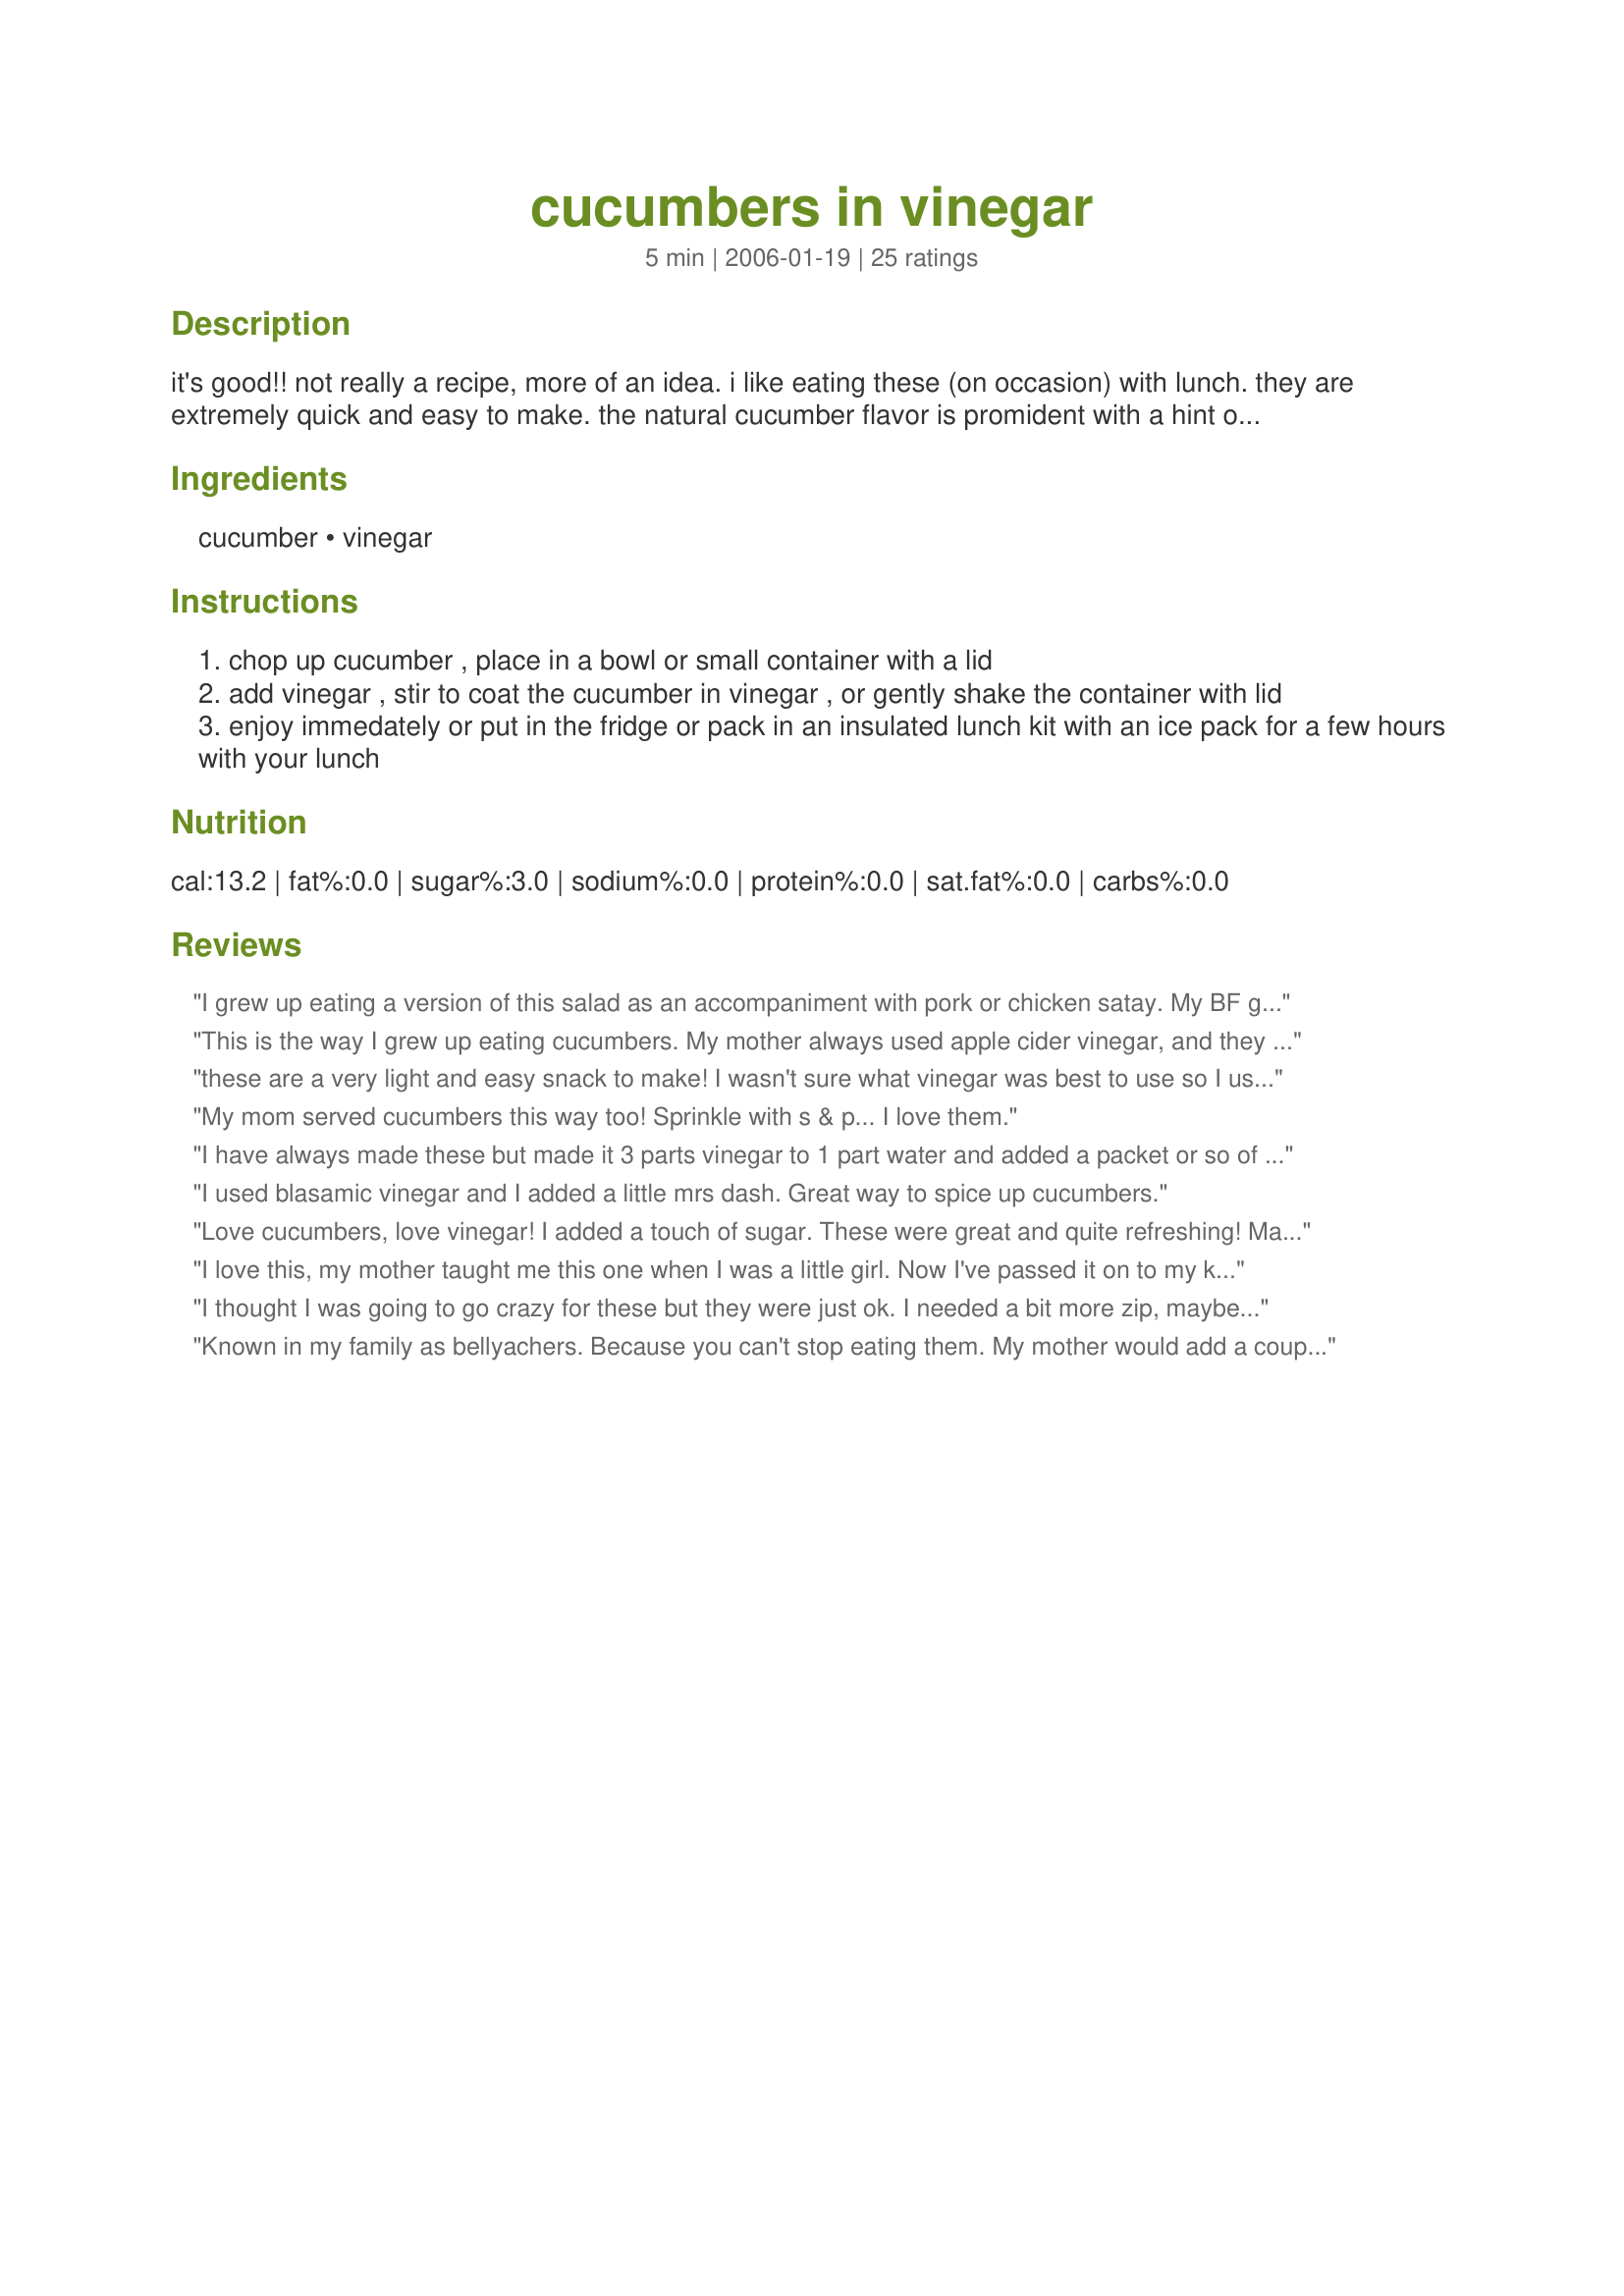
cucumbers in vinegar
Preparation time: 5 minutes

it's good!! not really a recipe, more of an idea. i like eating these (on occasion) with lunch. they are extremely quick and easy to make. the natural cucumber flavor is promident with a hint of vinegary tang.

Ingredients:
cucumber, vinegar

Steps:
chop up cucumber , place in a bowl or small container with a lid
add vinegar , stir to coat the cucumber in vinegar , or gently shake the container with lid
enjoy immedately or put in the fridge or pack in an insulated lunch kit with an ice pack for a few hours with your lunch

Reviews:
I grew up eating a version of this salad as an accompaniment with pork or chicken satay. My BF grew up eating this as his favorite, fresh out of the garden salad. He loves his cucumbers sliced up chunky, with a couple of cherry tomatoes, lots of vinegar and plenty of salt and pepper. He loves to drink the vinegar out of the bowl after he has finished his snack too!!! Thanks for reminding us both of some great childhood food memories!
This is the way I grew up eating cucumbers. My mother always used apple cider vinegar, and they were great!
these are a very light and easy snack to make! I wasn't sure what vinegar was best to use so I used balsamic vinegar! i also added salt. I will def keep this recipe in mind for when i'm in the mood for a quick and easy snack! thanks luv 2 bake! made for ZWT4
My mom served cucumbers this way too! Sprinkle with s & p... I love them.
I have always made these but made it 3 parts vinegar to 1 part water and added a packet or so of sweetner. Chill in frig. for a couple hours. Also could add thinly sliced onion. Great!
I used blasamic vinegar and I added a little mrs dash. Great way to spice up cucumbers.
Love cucumbers, love vinegar! I added a touch of sugar. These were great and quite refreshing! Made during ZWT4.
I love this, my mother taught me this one when I was a little girl. Now I've passed it on to my kids! I like adding a little salt when nobody is looking....
I thought I was going to go crazy for these but they were just ok. I needed a bit more zip, maybe some garlic salt next time.
Known in my family as bellyachers. Because you can't stop eating them. My mother would add a couple of steps. She would slice the cucumbers thin. Then sprinkle salt on them. She would place a heavy plate on top of them and leave them sit for about 30 minutes. Then she would rinse them off and add the vinegar.
I made with my son this for ZWT4. I made it as posted, with the exception of adding a little ground sea salt. I wanted to add a little fresh dill, but we didn't have any. We refrigerated it overnight before eating them. I was surprised how much I liked this very simple version! My husband's grandmother used to make a version with sugar, which is also very nice, and we often make a balsamic vinegar version with tomato slices as well, and some fresh herbs.
I didn&#039;t marke this since i didn&#039;t have any vinegar on hand, so i ended up just having cucumbers with a little salt and pepper, but i will have to try this next time!
This was delicious! I did add in some salt and pepper. Made for ZWTIII
I say quadruple the recipe, add a little salt, pepper and ice to the mix and have it at your next BBQ!
Cucumbers in vinegar are nothing new to me. This is a "southern thang".Down here in the south,we know how to eat and how to fix good and tasty dishes. This is one of them.However instead of 2-3 spoonfuls of vinegar you are supposed to pour in a cup or two of vinegar to allow the cucumbers to be covered so the vinegar will saturate into the cucumbers better. That's where the tangy flavor comes from. We also will cut up an onion or two into small slivers and put the onions in the vinegar with the cucumbers.Oh so good! I usually eat them right out of the vinegar straight,but sometimes I will sprinkle very lightly a little salt on them. Again,oh so good! Here in the south, most of us use white distilled vinegar and not apple cidar vinegar. The apple cidar vinegar is too whew! and tangy,where the white distilled vinegar is just tangy to taste. Anyway,we've always used the white. So just remember people,you heard it right,cucumbers in vinegar is a southern thang! A thang with a twang!
Fresh and light, perfect as a luncheon side dish. Used grapefruit flavored vinegar (from Trader Joes) and added tomatoes. Garnished with avocado, but I have to say that it tasted great mixed in and took away some of the tart flavor. Will be making this again.
A very refreshing recipe which I rustled up as a last minute accompaniment to smoked salmon this lunch time! I used cider apple vinegar for an extra taste dimension! Made for ZWT3 - thanks for such a simple and refreshing recipe! FT:-)
Delicous and very easy, I love this idea! I made this for a late night snack for my husband and he really enjoyed it. Thanks for posting! Made for ZWT 4 :)
LUv2BaKE

Try a few variations. Add items like onion, tomatoes, olive oil, or jalapeno peppers to make it different. Different types of vinegars are a good choice too.

I'm not going to rate the recipe since I didn't make it as posted. I find that the cucumber with vinegar type of salads are best when refrigerated for a while too.
Great recipe that has stood the test of time. I did add some sliced onion (thinly) and sliced my cucumbers on a mandolin. We have this every Saturday Lunch at the Farm and sometimes I even add a tiny bit of red pepper flakes, or some fresh chives. Make the day prior, cucumbers are chilled and great. Thanks for the memory! Made fof *ZWT4* May 2008.
I LOVE this! I've had this since I was kid. Instead of just vinegar I usually add a little salt, pepper, onion powder, and garlic powder and let it sit for a bit. And we actually use white vinegar for this rather than apple cider, though both work great! If you do use white vinegar and want to tone down the tang, I suggest adding a little sugar or for us diabetics, use some splenda... works amazing. If you love this, try it with some jicama! You will definitely fall in love!
I also love cukes this way, however I add a tiny bit of sugar to offset the acidity of the vinegar. Kind of a sweet and sour thing.
Perfect accompaniment to serve with reubens sandwiches. Uswed tarragon vinegar ann sprinkled with dill. Yum.
Good, simple, what else is there to say?
One of my favorite ways to enjoy cucumbers (other than plain!). Love vinegars...and this is just a lovely, fresh and fast side to compliment any summer meal - or a tasty German feast!! My family used to also eat it with onions and tomatoes sometimes as well. Will make regularly! Thank you for posting! Made for ZWT4.
